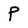
Character: P